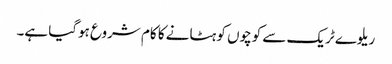
ریلوے ٹریک سے کوچوں کو ہٹانے کا کام شروع ہوگیا ہے۔